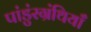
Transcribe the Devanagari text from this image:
पांडुंरग्रंथियाँ